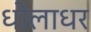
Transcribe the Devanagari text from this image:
धोलाधर